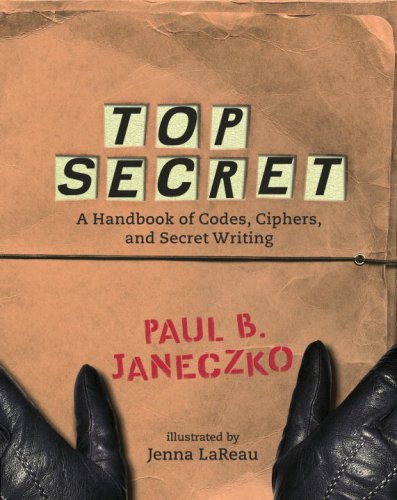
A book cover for Top Secret: A Handbook of Codes, Ciphers and Secret Writing; Children's Books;